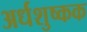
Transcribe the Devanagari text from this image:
अर्धशुष्कक